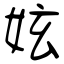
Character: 妶